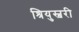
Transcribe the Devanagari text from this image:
श्रियुस्बरी